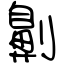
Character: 劓